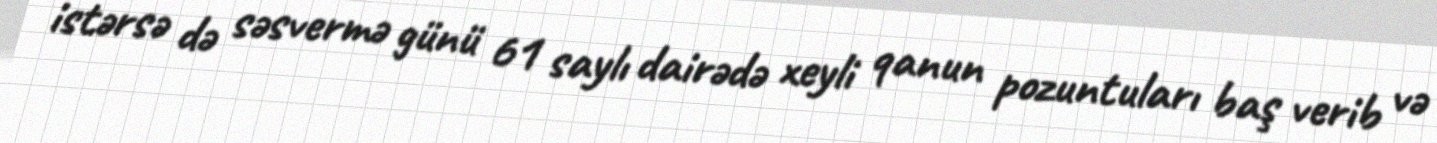
istərsə də səsvermə günü 61 saylı dairədə xeyli qanun pozuntuları baş verib və